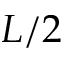
L / 2